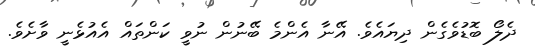
ދެލޯ ބޮޑުވެގެން ދިޔައެވެ. އޭނާ އެންމެ ބޭނުން ނުވީ ކަންތައް އެއުޅެނީ ވާށެވެ.